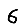
Digit: 6